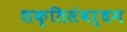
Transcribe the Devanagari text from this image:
शक्तिसंवर्धन